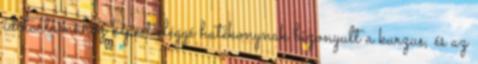
időtartamához képest eléggé hatékonynak bizonyult a kurzus, és az